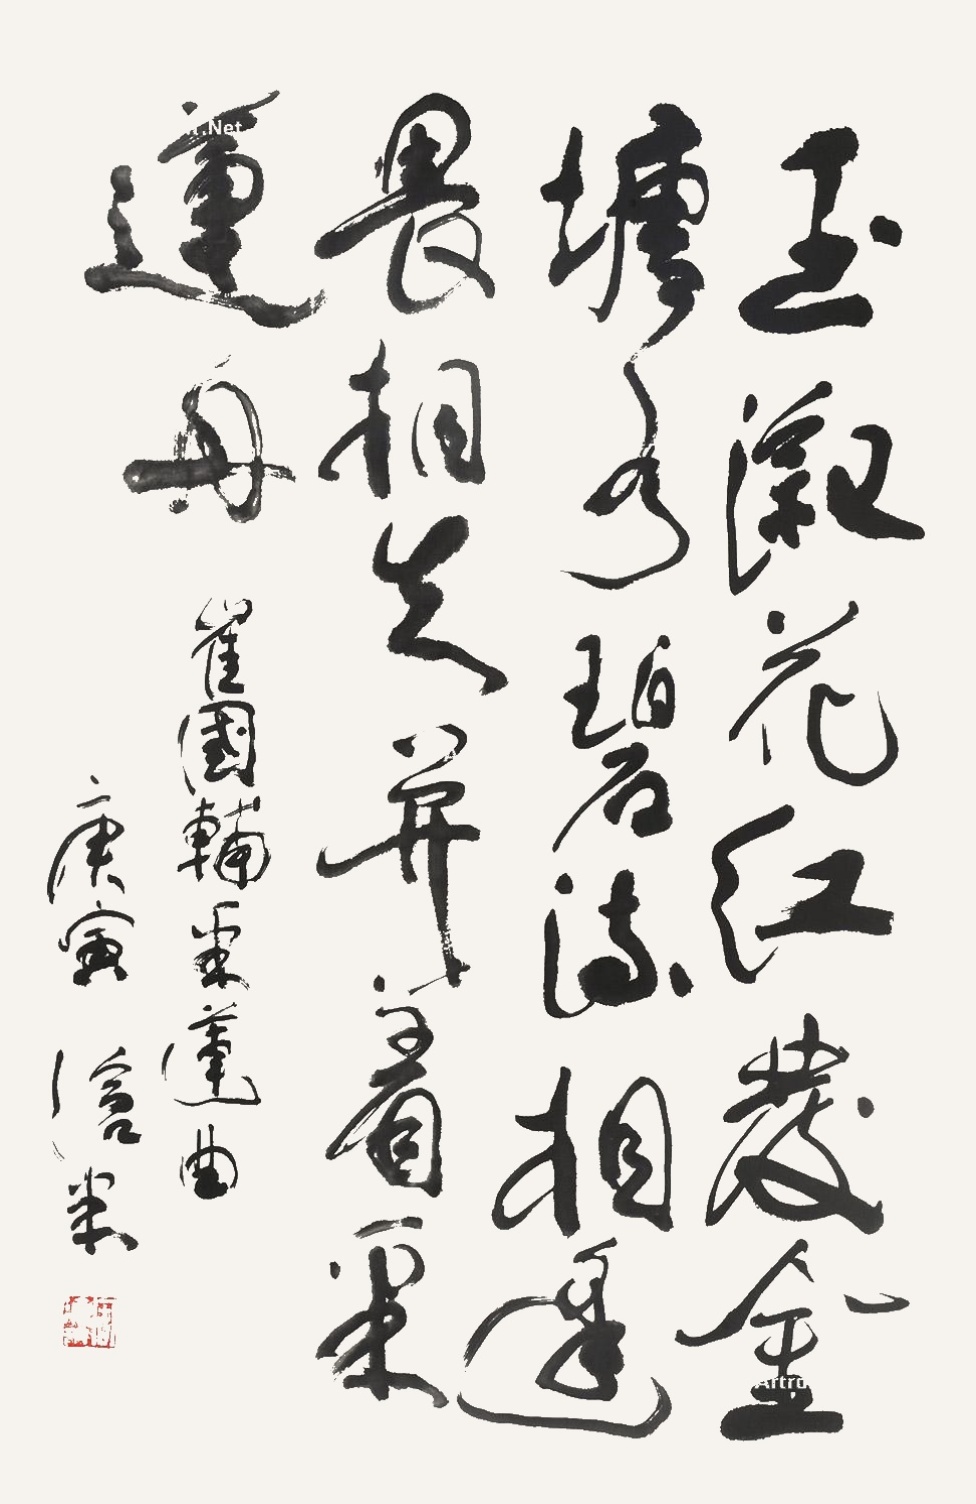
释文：玉溆花红发，金塘水碧流。相逢畏相失，并着采莲舟。崔国辅采莲曲庚寅沧米。